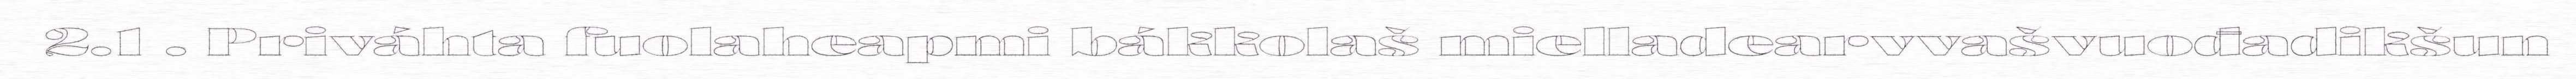
2.1 . Priváhta fuolaheapmi bákkolaš mielladearvvašvuođadikšun